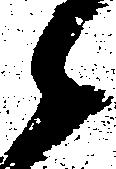
候